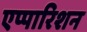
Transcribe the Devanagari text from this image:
एप्पारिशन